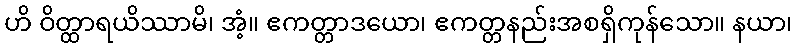
ဟိ ဝိတ္ထာရယိဿာမိ၊ အံ့။ ဧကတ္တာဒယော၊ ဧကတ္တနည်းအစရှိကုန်သော။ နယာ၊